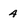
Character: 4